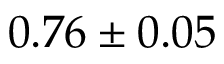
0 . 7 6 \pm 0 . 0 5